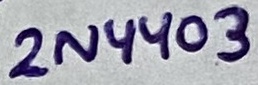
Text: 2N4403